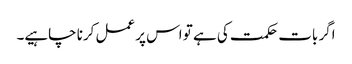
اگر بات حکمت کی ہے تو اس پر عمل کرنا چاہیے۔